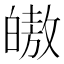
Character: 𭽠